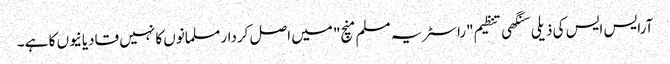
آرایس ایس کی ذیلی سنگھی تنظیم "راسٹریہ مسلم منچ" میں اصل کردار مسلمانوں کا نہیں قادیانیوں کا ہے ۔